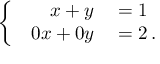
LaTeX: \left\{ \begin{array} { l l } { { \begin{array} { r l } { x + y } & { { } = 1 } \\ { 0 x + 0 y } & { { } = 2 \, . } \end{array} } } \end{array} \right.